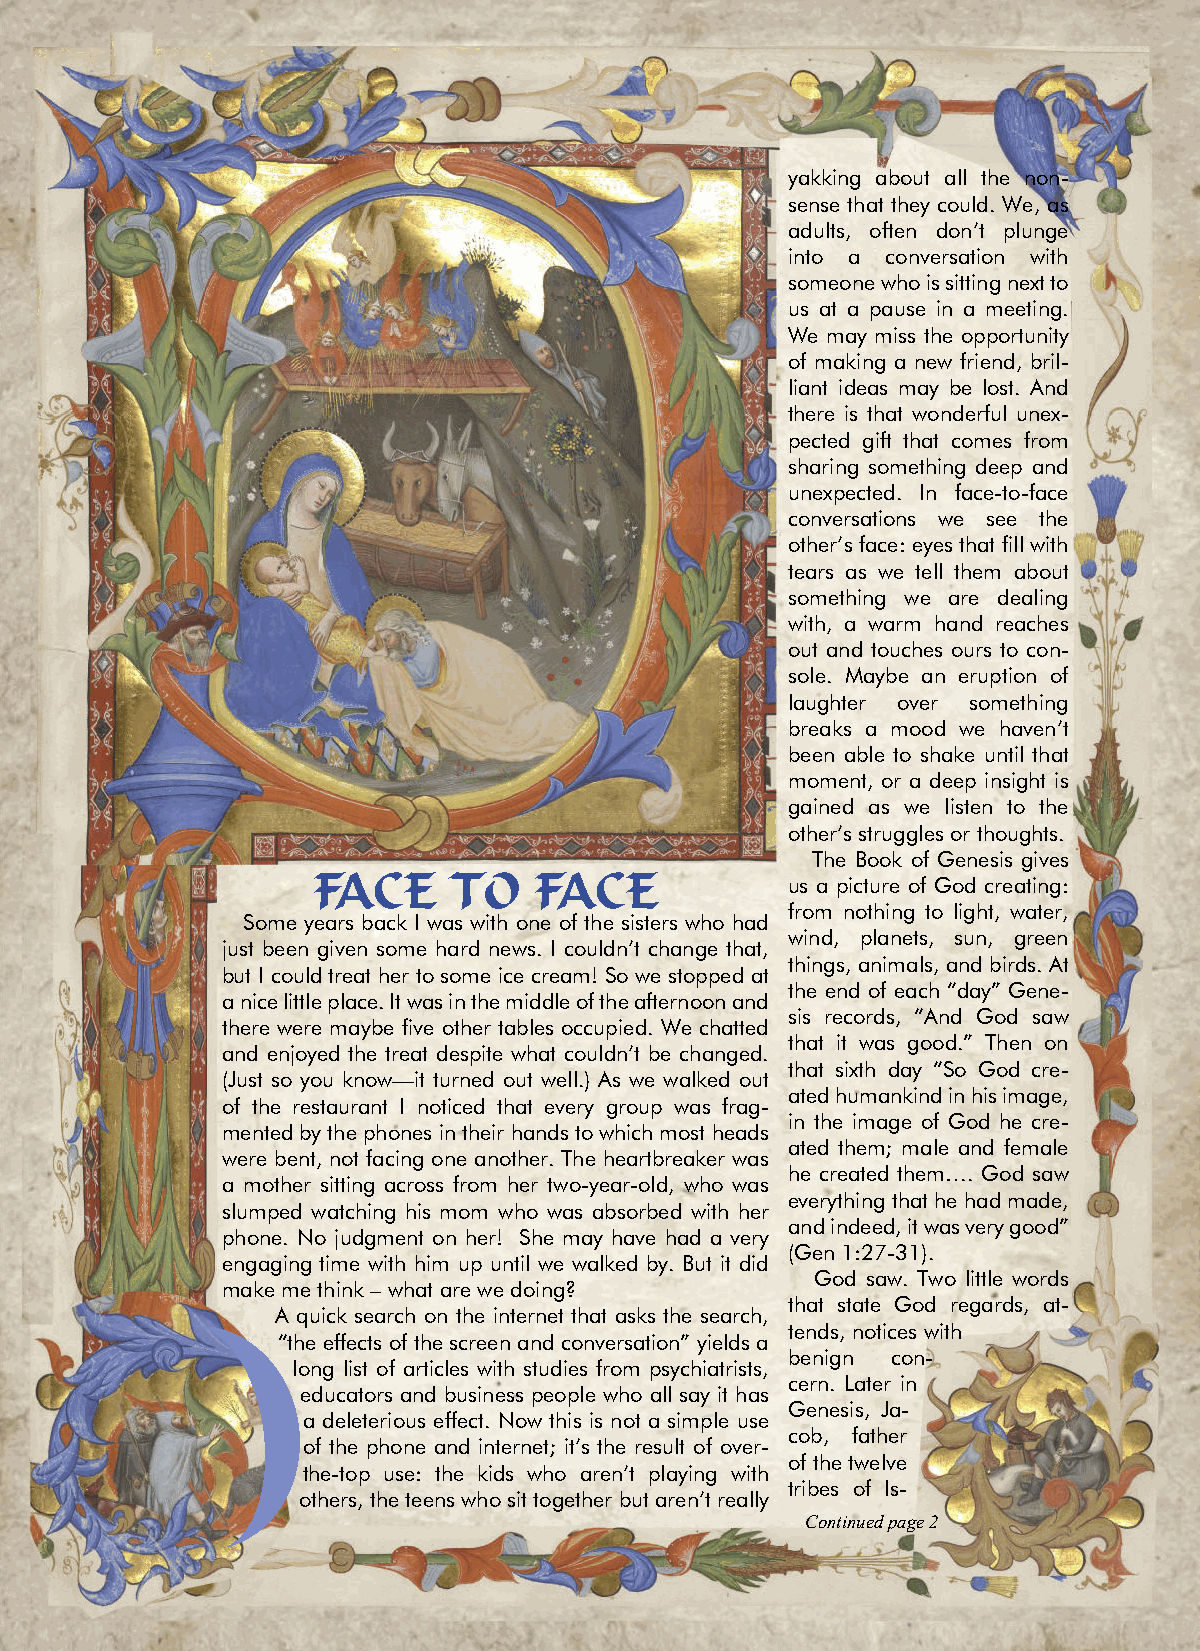
yakking about all the non-
 sense that they could. We, as
 adults, often don’t plunge
 into a conversation with
 someone who is sitting next to
 us at a pause in a meeting.
 We may miss the opportunity
 of making a new friend, bril-
 liant ideas may be lost. And
 there is that wonderful unex-
 pected gift that comes from
 sharing something deep and
 unexpected. In face-to-face
 conversations we see the
 other’s face: eyes that fill with
 tears as we tell them about
 something we are dealing
 with, a warm hand reaches
 out and touches ours to con-
 sole. Maybe an eruption of
 laughter over something
 breaks a mood we haven’t
 been able to shake until that
 moment, or a deep insight is
 gained as we listen to the
 other’s struggles or thoughts.
 The Book of Genesis gives
 FACE     TO   FACE             us a picture of God creating:
 from nothing to light, water,
 Some years back I was with one of the sisters who had
 wind, planets, sun, green
 just been given some hard news. I couldn’t change that,
 things, animals, and birds. At
 but I could treat her to some ice cream! So we stopped at
 the end of each “day” Gene-
 a nice little place. It was in the middle of the afternoon and
 sis records, “And God saw
 there were maybe five other tables occupied. We chatted
 that it was good.” Then on
 and enjoyed the treat despite what couldn’t be changed.
 that sixth day “So God cre-
 (Just so you know—it turned out well.) As we walked out
 ated humankind in his image,
 of the restaurant I noticed that every group was frag-
 in the image of God he cre-
 mented by the phones in their hands to which most heads
 ated them; male and female
 were bent, not facing one another. The heartbreaker was
 he created them…. God saw
 a mother sitting across from her two-year-old, who was
 everything that he had made,
 slumped watching his mom who was absorbed with her
 and indeed, it was very good”
 phone. No judgment on her! She may have had a very
 (Gen 1:27-31).
 engaging time with him up until we walked by. But it did
 God saw. Two little words
 make me think – what are we doing?
 that state God regards, at-
 A quick search on the internet that asks the search,
 tends, notices with
 “the effects of the screen and conversation” yields a
 benign con-
 long list of articles with studies from psychiatrists,
 cern. Later in
 educators and business people who all say it has
 Genesis, Ja-
 a deleterious effect. Now this is not a simple use
 cob, father
 of the phone and internet; it’s the result of over-
 of the twelve
 the-top use: the kids who aren’t playing with
 tribes of Is-
 others, the teens who sit together but aren’t really
 Continued page 2
 1